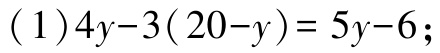
(1)\(4y - 3(20 - y) = 5y - 6\);